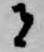
者